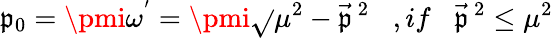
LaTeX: \mathfrak{p}_{0}=\pmi{\omega}^{'}=\pmi\sqrt{}{{{\mu}^{2}-{\vec{{\mathfrak{p}}}}^{\, 2}}}\; \; \; ,if\; \; \; {\vec{{\mathfrak{p}}}}^{\, 2}\leq{\mu}^{2}